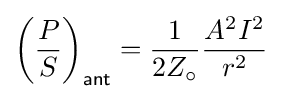
\left({P \over S}\right)_{\mathsf {ant}}={1 \over 2Z_{\circ }}{A^{2}I^{2} \over r^{2}}\